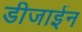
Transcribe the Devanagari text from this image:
डीजाईन